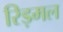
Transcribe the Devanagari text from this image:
रिड़मल